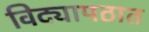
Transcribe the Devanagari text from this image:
विद्यापठात